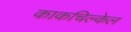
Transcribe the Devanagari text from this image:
काकचिल्केल